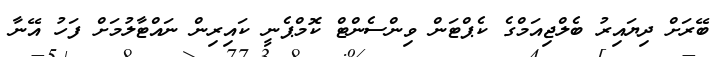
ބޭރަށް ދިޔައިރު ބެލްޖިއަމްގެ ކެޕްޓަން ވިންސެންޓް ކޮމްޕެނީ ކައިރިން ނައްޓާލުމަށް ފަހު އޭނާ